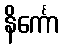
နိင်္ကော